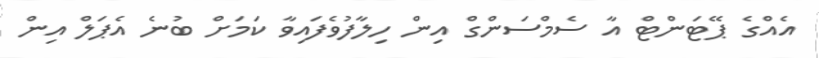
އެއްގެ ޕޭޓަންޓް އާ ސެމްސަންގް އިން ހިލާފުވެފައިވާ ކަމަށް ބުނެ އެޕަލް އިން